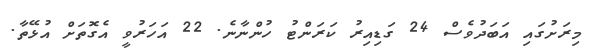
މިރަށުގައި އަބަދުވެސް 24 ގަޑިއިރު ކަރަންޓު ހުންނާނެ. 22 އަހަރުވީ އެގޮތަށް އުޅޭތާ.